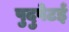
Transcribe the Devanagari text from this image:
पुदुपेटई